Report on vaccination in Madras 1877-1894 - 1877-1894
Year: 1877
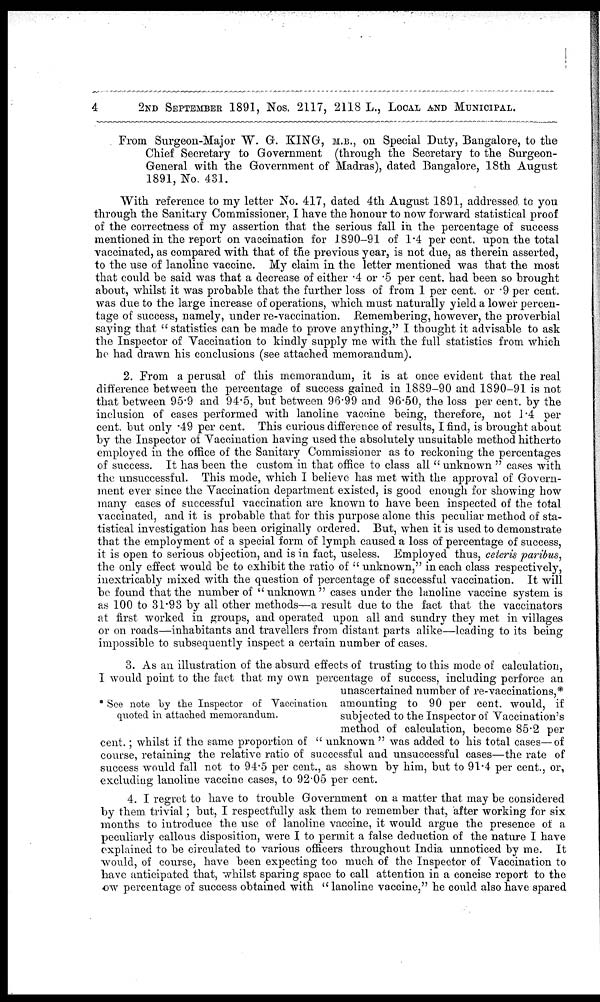
4
2ND SEPTEMBER 1891, Nos. 2117, 2118 L., LOCAL AND MUNICIPAL.
From Surgeon-Major W. G. KING, M.B., on Special Duty, Bangalore, to the
Chief Secretary to Government (through the Secretary to the Surgeon-
General with the Government of Madras), dated Bangalore, 18th August
1891, No. 431.
With reference to my letter No. 417, dated 4th August 1891, addressed to you
through the Sanitary Commissioner, I have the honour to now forward statistical proof
of the correctness of my assertion that the serious fall in the percentage of success
mentioned in the report on vaccination for 1890-91 of 1.4 per cent, upon the total
vaccinated, as compared with that of the previous year, is not due, as therein asserted,
to the use of lanoline vaccine. My claim in the letter mentioned was that the most
that could be said was that a decrease of either .4 or .5 per cent. had been so brought
about, whilst it was probable that the further loss of from 1 per cent. or .9 per cent.
was due to the large increase of operations, which must naturally yield a lower percen-
tage of success, namely, under re-vaccination. Remembering, however, the proverbial
saying that " statistics can be made to prove anything," I thought it advisable to ask
the Inspector of Vaccination to kindly supply me with the full statistics from which
he had drawn his conclusions (see attached memorandum).
2. From a perusal of this memorandum, it is at once evident that the real
difference between the percentage of success gained in 1889-90 and 1890-91 is not
that between 95.9 and 94.5, but between 96.99 and 96.50, the loss per cent. by the
inclusion of cases performed with lanoline vaccine being, therefore, not 1.4 per
cent. but only .49 per cent. This curious difference of results, I find, is brought about
by the Inspector of Vaccination having used the absolutely unsuitable method hitherto
employed in the office of the Sanitary Commissioner as to reckoning the percentages
of success. It has been the custom in that office to class all " unknown " cases with
the unsuccessful. This mode, which I believe has met with the approval of Govern-
ment ever since the Vaccination department existed, is good enough for showing how
many cases of successful vaccination are known to have been inspected of the total
vaccinated, and it is probable that for this purpose alone this peculiar method of sta-
tistical investigation has been originally ordered. But, when it is used to demonstrate
that the employment of a special form of lymph caused a loss of percentage of success,
it is open to serious objection, and is in fact, useless. Employed thus, ceteris paribus,
the only effect would be to exhibit the ratio of " unknown," in each class respectively,
inextricably mixed with the question of percentage of successful vaccination. It will
be found that the number of "unknown " cases under the lanoline vaccine system is
as 100 to 31.93 by all other methods—a result due to the fact that the vaccinators
at first worked in groups, and operated upon all and sundry they met in villages
or on roads—inhabitants and travellers from distant parts alike—leading to its being
impossible to subsequently inspect a certain number of cases.
* See note by the Inspector of Vaccination
quoted in attached memorandum.
3. As an illustration of the absurd effects of trusting to this mode of calculation,
I would point to the fact that my own percentage of success, including perforce an
unascertained number of re-vaccinations,*
amounting to 90 per cent. would, if
subjected to the Inspector of Vaccination's
method of calculation, become 85.2 per
cent.; whilst if the same proportion of " unknown " was added to his total cases—of
course, retaining the relative ratio of successful and unsuccessful cases—the rate of
success would fall not to 94.5 per cent., as shown by him, but to 91.4 per cent., or,
excluding lanoline vaccine cases, to 92.05 per cent.
4. I regret to have to trouble Government on a matter that may be considered
by them trivial; but, I respectfully ask them to remember that, after working for six
months to introduce the use of lanoline vaccine, it would argue the presence of a
peculiarly callous disposition, were I to permit a false deduction of the nature I have
explained to be circulated to various officers throughout India unnoticed by me. It
would, of course, have been expecting too much of the Inspector of Vaccination to
have anticipated that, whilst sparing space to call attention in a concise report to the
ow percentage of success obtained with " lanoline vaccine," he could also have spared